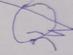
Signature authenticity: forged